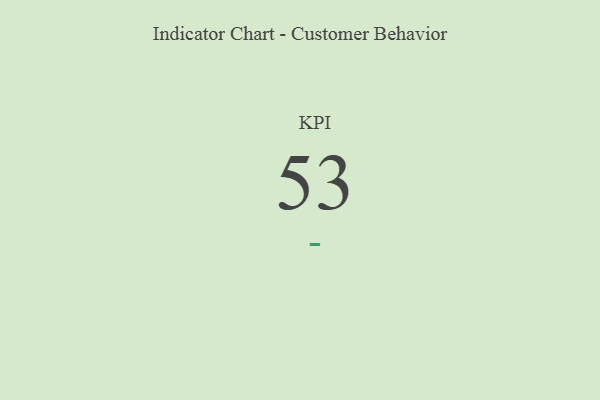
{"axis": {"x": "KPI", "y": "Value"}, "legend": [""], "data": [{"x": "KPI", "y": 53, "type": ""}]}